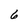
Character: 6